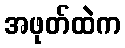
အဖုတ်ထဲက